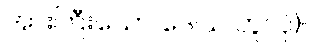
အားကြီးသော ဒေါသ ဟူလို)။